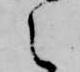
之